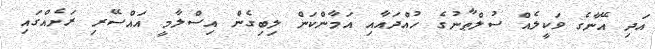
އަދި އޭނާގެ ވަކީލެއް ސުލްޠާނުގެ ހުއްދައާއި އަމާންކަން ލިބިގެން އިސްލާމީ އައްސޭރި ރަށެއްގައި